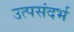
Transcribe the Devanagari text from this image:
उत्पसंदर्भ